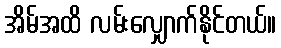
အိမ်အထိ လမ်းလျှောက်နိုင်တယ်။